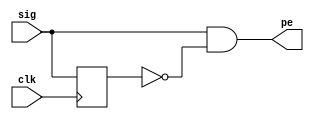
`timescale 1ns / 1ps
//////////////////////////////////////////////////////////////////////////////////
// Company: 
// Engineer: 
// 
// Design Name: 
// Module Name: Edge_Detector
// Project Name: 
// Target Devices: 
// Tool Versions: 
// Description: 
// 
// Dependencies: 
// 
// Revision:
// Revision 0.01 - File Created
// Additional Comments:
// 
//////////////////////////////////////////////////////////////////////////////////


module Edge_Detector(

  input sig,
  input clk,
  output pe  );
  
  reg sig_dly;
  
  always @(posedge clk) begin
  sig_dly <= sig;
  end 
  
  assign pe=sig&~sig_dly;
endmodule